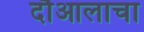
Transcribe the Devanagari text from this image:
दौआलाचा